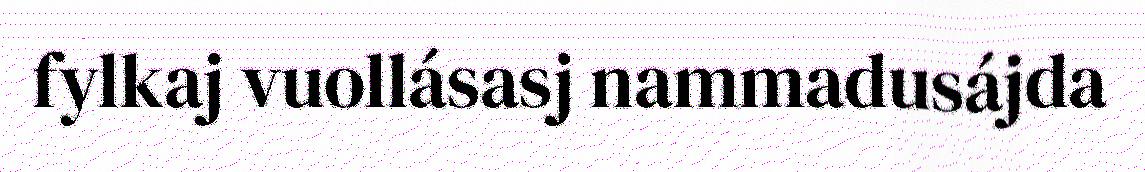
fylkaj vuollásasj nammadusájda